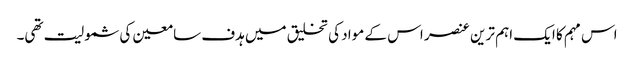
اس مہم کا ایک اہم ترین عنصر اس کے مواد کی تخلیق میں ہدف سامعین کی شمولیت تھی۔